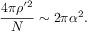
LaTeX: \frac { 4 \pi \rho ^ { \prime 2 } } { N } \sim 2 \pi \alpha ^ { 2 } .